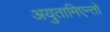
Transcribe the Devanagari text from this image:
अयुतामिएन्तो